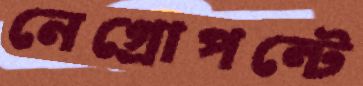
নেগ্রোপন্টে